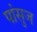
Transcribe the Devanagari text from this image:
पांसुज